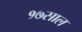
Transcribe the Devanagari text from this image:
१७साल